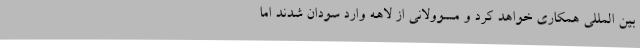
بین المللی همکاری خواهد کرد و مسوولانی از لاهه وارد سودان شدند اما